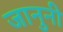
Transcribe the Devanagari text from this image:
जानुनी